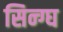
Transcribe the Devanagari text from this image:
सिन्ग्घ